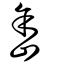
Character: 峹